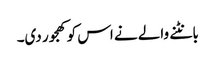
بانٹنے والے نے اس کو کھجور دی۔